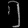
Digit: ၅